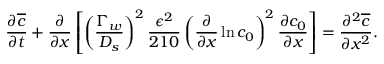
\frac { \partial \overline { { c } } } { \partial t } + \frac { \partial } { \partial x } \left[ \left( \frac { \Gamma _ { w } } { D _ { s } } \right) ^ { 2 } \frac { \epsilon ^ { 2 } } { 2 1 0 } \left( \frac { \partial } { \partial x } \ln c _ { 0 } \right) ^ { 2 } \frac { \partial c _ { 0 } } { \partial x } \right] = \frac { \partial ^ { 2 } \overline { { c } } } { \partial x ^ { 2 } } .